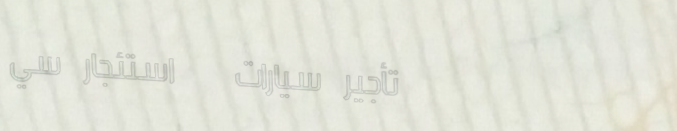
تأجير سيارات   استئجار سي